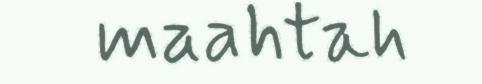
maahtah